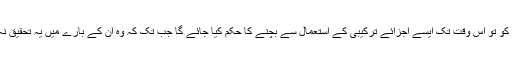
تفصیل یہ ہے کہ صانعین Manufacturers کو تو اس وقت تک ایسے اجزائے ترکیبی کے استعمال سے بچنے کا حکم کیا جائے گا جب تک کہ وہ ان کے بارے میں یہ تحقیق نہ کر لیں کہ ان کا ماخذ حلال ذرائع ہیں یا حرام؟